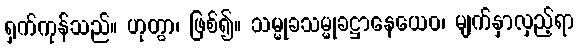
ရှက်ကုန်သည်။ ဟုတွာ၊ ဖြစ်၍။ သမ္မုခသမ္မုခဋ္ဌာနေယေဝ၊ မျက်နှာလှည့်ရာ